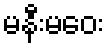
မနီးမဝေး